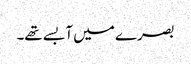
بصرے میں آبسے تھے۔